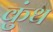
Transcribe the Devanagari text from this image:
कुंथ